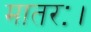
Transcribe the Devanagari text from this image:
मातरः।